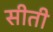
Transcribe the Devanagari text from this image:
सीती